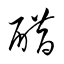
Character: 醋